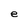
Character: e